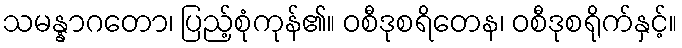
သမန္နာဂတော၊ ပြည့်စုံကုန်၏။ ဝစီဒုစရိတေန၊ ဝစီဒုစရိုက်နှင့်။